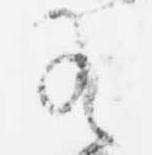
有